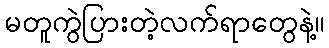
မတူကွဲပြားတဲ့လက်ရာတွေနဲ့။